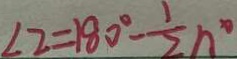
\angle 2 = 1 8 0 ^ { \circ } - \frac { 1 } { 2 } n ^ { \circ }